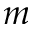
m